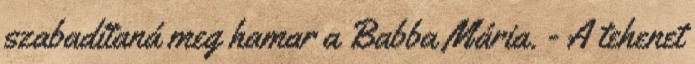
szabadítaná meg hamar a Babba Mária. - A tehenet